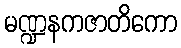
မဏ္ဍနကဇာတိကော